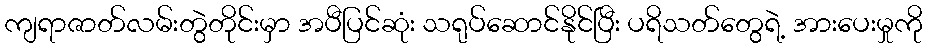
ကျရာဇာတ်လမ်းတွဲတိုင်းမှာ အပီပြင်ဆုံး သရုပ်ဆောင်နိုင်ပြီး ပရိသတ်တွေရဲ့ အားပေးမှုကို